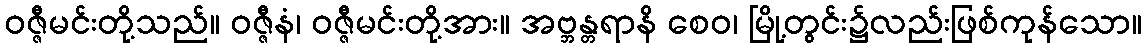
ဝဇ္ဇီမင်းတို့သည်။ ဝဇ္ဇီနံ၊ ဝဇ္ဇီမင်းတို့အား။ အဗ္ဘန္တရာနိ စေဝ၊ မြို့တွင်း၌လည်းဖြစ်ကုန်သော။